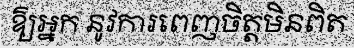
ឱ្យអ្នក នូវការពេញចិត្តមិនពិត